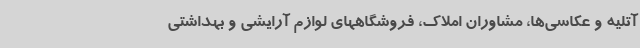
آتلیه و عکاسی‌ها، مشاوران املاک، فروشگاههای لوازم آرایشی و بهداشتی